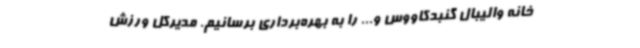
خانه والیبال گنبدکاووس و... را به بهره‌برداری برسانیم. مدیرکل ورزش